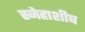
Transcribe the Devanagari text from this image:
स्नेहाशीष